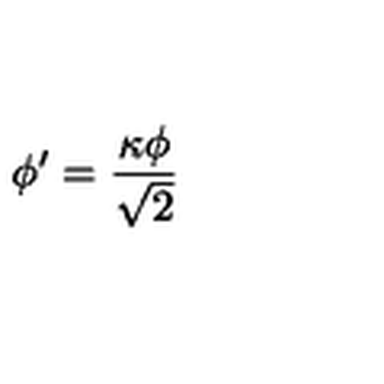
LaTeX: \phi ^ { \prime } = \frac { \kappa \phi } { \sqrt { 2 } }